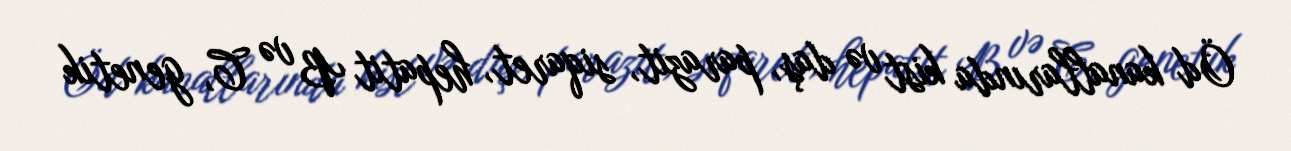
Öd kanallarında kist və daş, parazit, siqaret, hepatit B və C, genetik